Senior Leaving Certificate Examination (including Day School Certificate (Higher) General paper), 1947
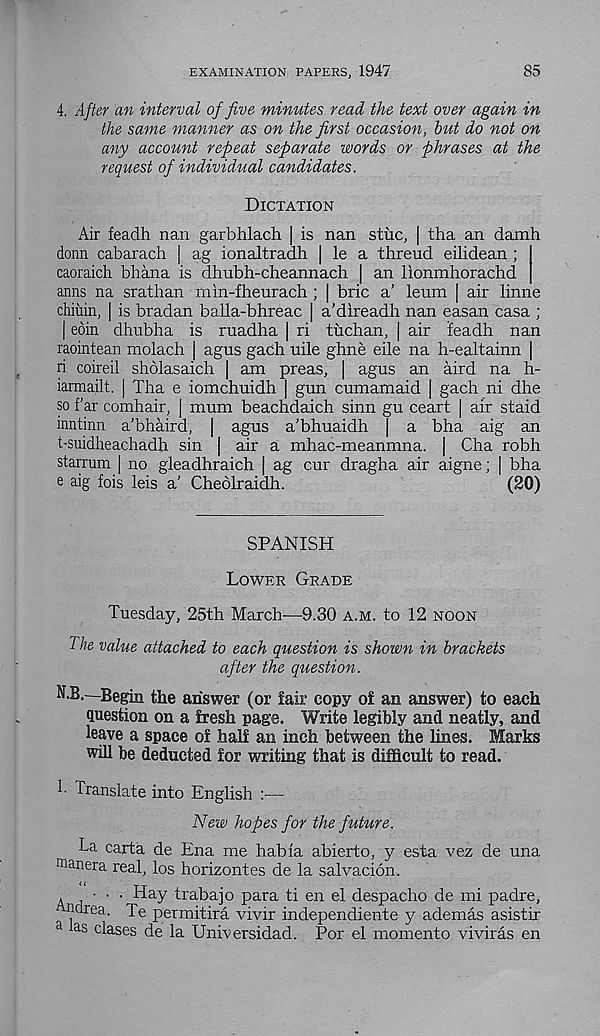
EXAMINATION PAPERS, 1947
85
4. After an interval of five minutes read the text over again in
the same manner as on the first occasion, hut do not on
any account repeat separate words or phrases at the
request of individual candidates.
Dictation
Air feadh nan garbhlach | is nan stuc, j tha an dam
donn cabarach | ag ionaltradh | le a threud eilidean ;
caoraich bhana is dhubh-cheannach | an llonmhorachd
anns na srathan min-fheurach ; | brie a’ leum | air linne
chiiiin, | is bradan balla-bhreac | a’direadh nan easan casa ;
| eoin dhubha is ruadha | ri tuchan, | air ieadh nan
raointean molach | agus gach uile ghne eile na h-ealtainn |
ri coireil sholasaich | am preas, | agus an aird na h-
iarmailt. | Tha e iomchuidh | gun cumamaid | gach ni dhe
so far comhair, | mum beachdaich sinn gu ceart | air staid
inntinn a’bhaird, | agus a'bhuaidh | a bha aig an
t-suidheachadh sin | air a mhac-meanmna. | Cha robh
starrum | no gleadhraich | ag cur dragha air aigne; | bha
e aig fois leis a’ Cheolraidh.
(20)
SPANISH
Lower Grade
Tuesday, 25th March—9.30 a.m. to 12 noon
The value attached to each question is shown in brackets
after the question.
N.B.—Begin the answer (or fair copy of an answer) to each
question on a fresh page. Write legibly and neatly, and
leave a space of half an inch between the lines. Marks
will be deducted for writing that is difficult to read.
!• Translate into English :■—
New hopes for the future.
La carta de Ena me habia abierto, y esta vez de una
aianera real, los horizontes de la salvation.
■ . . Hay trabajo para ti en el despacho de mi padre,
ndrea. Te permitira vivir independiente y ademas asistir
a as clases de la Universidad. Por el momento viviras en